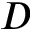
D